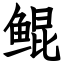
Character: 鲲